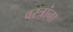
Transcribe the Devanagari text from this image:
वस्त्रांना